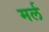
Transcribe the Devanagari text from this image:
मर्ल